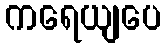
ကရေယျပေ